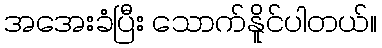
အအေးခံပြီး သောက်နိူင်ပါတယ်။